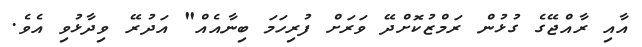
އާއި ރާއްޖޭގެ ގުޅުން ރަމްޒުކޮށްދޭ ވަރަށް ފުރިހަމަ ބިނާއެއް" އަދުރޭ ވިދާޅުވި އެވެ.